Report on plague in the Punjab from October 1st ... to September 30th ..., being the ... season of plague in the province
Disease focus: Plague
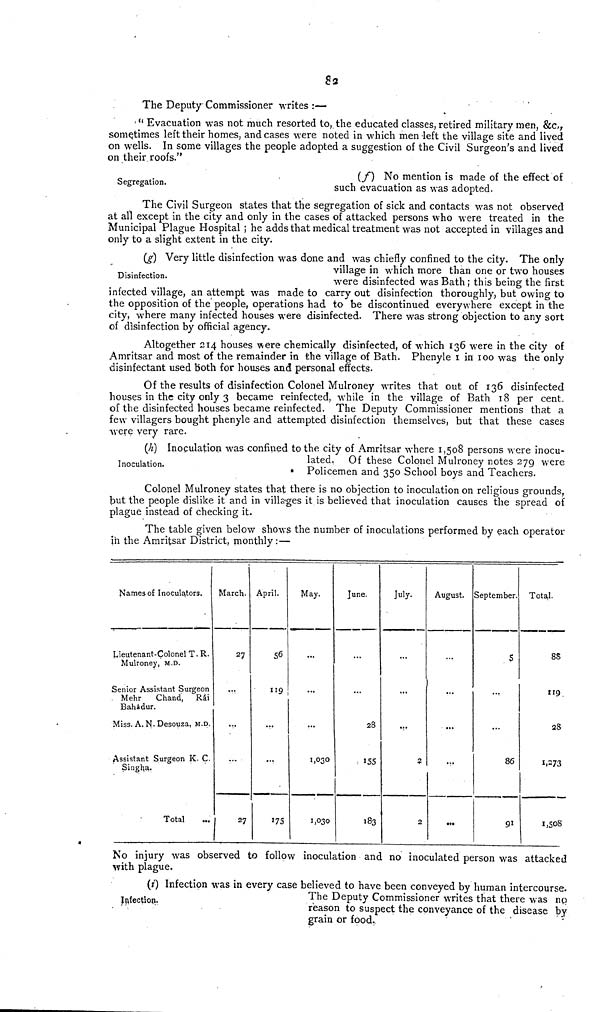
82
The Deputy Commissioner writes :—
• (l Evacuation was not much resorted to, the educated classes, retired military men, &c, r
sometimes left their homes, and cases were noted in which men left the village site and lived
on wells. In some villages the people adopted a suggestion of the Civil Surgeon's and lived
on their roofs."
s
.
(/) No mention is made of the effect of
egrega ion.
guc j i evacua t-j on as was adopted.
The Civil Surgeon states that the segregation of sick and contacts was not observed
at all except in the city and only in the cases of attacked persons who were treated in the
Municipal Plague Hospital ; he adds that medical treatment was not accepted in villages and
only to a slight extent in the city.
(g) Very little disinfection was done and was chiefly confined to the city. The only
.
village in which more than one or two houses
Disinfechon.
were d j s j n f ecte( j was g ath . th ; s being the firgt
infected village, an attempt was made to carry out disinfection thoroughly, but owing to
the opposition of the people, operations had to be discontinued everywhere except in the
city, where many infected houses were disinfected. There was strong objection to any sort
of disinfection by official agency.
Altogether 214 houses were chemically disinfected, of which 136 were in the city of
Amritsar and most of the remainder in the village of Bath. Phenyle 1 in 100 was the only
disinfectant used both for houses and personal effects.
Of the results of disinfection Colonel Mulroney writes that out of 136 disinfected
houses in the city only 3 became reinfected, while in the village of Bath 18 per cent,
of the disinfected houses became reinfected. The Deputy Commissioner mentions that a
few villagers bought phenyle and attempted disinfection themselves, but that these cases
were very rare.
(h) Inoculation was confined to the city of Amritsar where 1,508 persons were inocu-
Inoculation.
lated. Of these Colonel Mulroney notes 279 were
• Policemen and 350 School boys and Teachers.
Colonel Mulroney states that there is no objection to inoculation on religious grounds,
Jaut the people dislike it and in villages it is believed that inoculation causes the spread of
plague instead of checking it.
The table given below shows the number of inoculations performed by each operator
in the Amritsar District, monthly :—
1
Names of Inoculators.
Lieutenant-Colonel T. R.
Mulroney, M.D.
Senior Assistant Surgeon
Mehr
Chand, Rai
Bahadur.
Miss. A. N. Desouza, M.D.
Assistant Surgeon K. C.
Singh,a.
Total
March-
27
...
•v
...
27
April.
56
UQ
...
...
May.
...
...
...
1,030
1,030
June.
...
28
155
183
July.
...
...
V
2
2
August.
...
...
...
...
...
September.
5
...
...
86
9 1
Total.
88
28
1.273
1,508
No injury was observed to follow inoculation and no inoculated person was attacked
with plague.
(;') Infection was in every case believed to have been conveyed by human intercourse.
T , ,.
The Deputy Commissioner writes that there was no
Infection.
>
F
L ^
c ,,
-,.
,
• ' •
'
reason to suspect the conveyance of the disease by
grain or food.